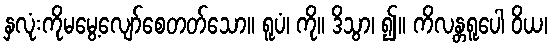
နှလုံးကိုမမွေ့လျော်စေတတ်သော။ ရူပံ၊ ကို။ ဒိသွာ၊ ၍။ ကိလန္တရူပေါ ဝိယ၊